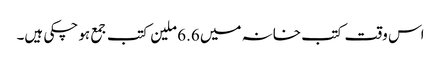
اس وقت کتب خانہ میں 6.6 ملین کتب جمع ہو چکی ہیں۔